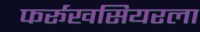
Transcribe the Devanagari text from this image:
फर्रूखसियरला